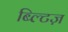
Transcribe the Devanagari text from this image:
ब्ल्टिज़